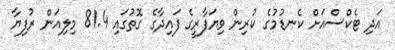
އަދި ޓެކްސްއަށް ކެނޑުމުގެ ކުރިން ވިޔަފާރީގެ ފައިދާގެ ގޮތުގައި 81.4 މިލިއަން ރުފިޔާ